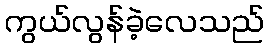
ကွယ်လွန်ခဲ့လေသည်